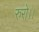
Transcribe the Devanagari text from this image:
रुरो।।